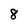
Character: 8